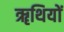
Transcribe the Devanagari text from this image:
ॠथियों